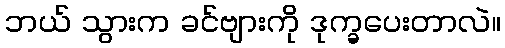
ဘယ် သွားက ခင်ဗျားကို ဒုက္ခပေးတာလဲ။